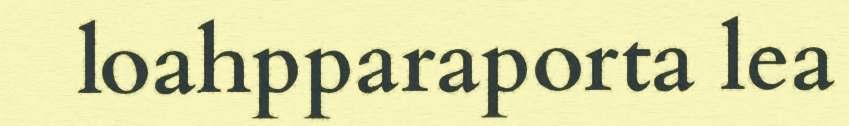
loahpparaporta lea